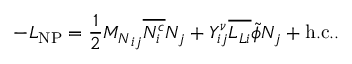
- { \cal L } _ { \mathrm { N P } } = \frac { 1 } { 2 } { M _ { N } } _ { i j } \overline { { { N _ { i } ^ { c } } } } N _ { j } + Y _ { i j } ^ { \nu } \overline { { { L _ { L i } } } } \tilde { \phi } N _ { j } + \mathrm { h . c . } .